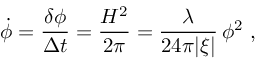
\dot { \phi } = { \frac { \delta \phi } { \Delta t } } = { \frac { H ^ { 2 } } { 2 \pi } } = { \frac { \lambda } { 2 4 \pi | \xi | } } \, \phi ^ { 2 } \ ,